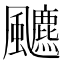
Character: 𱃐